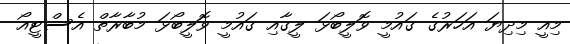
މިއީ މިދިޔަ އަހަރުގެ ގައުމީ ވޮލީބޯޅަ ލީގާއި ގައުމީ ވޮލީބޯޅަ މުބާރާތް އެސްޓީއޯ